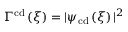
\Gamma ^ { \mathrm { c d } } \left( \xi \right) = | \psi _ { \mathrm { c d } } \left( \xi \right) | ^ { 2 }